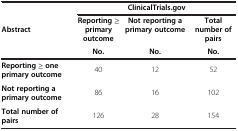
<table><thead><tr><td rowspan="3"><b>Abstract</b></td><td colspan="3"><b>ClinicalTrials.gov</b></td></tr><tr><td><b>Reporting ≥ primary outcome</b></td><td><b>Not reporting a primary outcome</b></td><td><b>Total number of pairs</b></td></tr><tr><td><b>No.</b></td><td><b>No.</b></td><td><b>No.</b></td></tr></thead><tbody><tr><td><b>Reporting ≥ one primary outcome</b></td><td>40</td><td>12</td><td>52</td></tr><tr><td><b>Not reporting a primary outcome</b></td><td>86</td><td>16</td><td>102</td></tr><tr><td><b>Total number of pairs</b></td><td>126</td><td>28</td><td>154</td></tr></tbody></table>